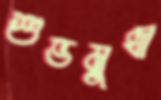
শুভমুখী